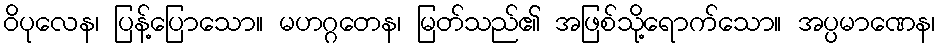
ဝိပုလေန၊ ပြန့်ပြောသော။ မဟဂ္ဂတေန၊ မြတ်သည်၏ အဖြစ်သို့ရောက်သော။ အပ္ပမာဏေန၊